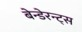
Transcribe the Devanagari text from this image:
बेन्डेरन्ट्स